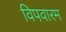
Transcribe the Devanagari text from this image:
विपवारम